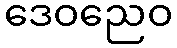
ဒေဝညေဝ